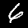
Label: 6